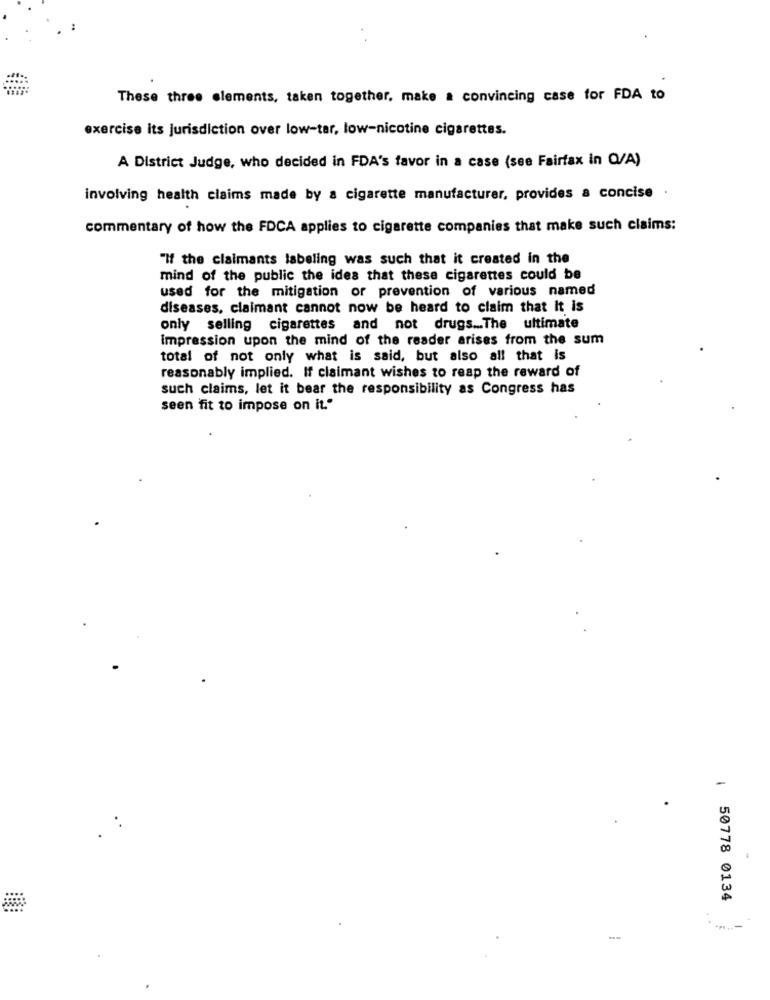
These three elements, taken together, make a convincing case for FDA to
exercise its jurisdiction over low-tar, low-nicotine cigarettes.
A District Judge, who decided in FDA's favor in a case (see Fairfax in Q/A)
involving health claims made by a cigarette manufacturer, provides a concise
commentary of how the FDCA applies to cigarette companies that make such claims:
"If the claimants labeling was such that it created in the
mind of the public the idea that these cigarettes could be
used for the mitigation or prevention of various named
diseases, claimant cannot now be heard to claim that It is
only selling cigarettes and not drugs ... The ultimate
Impression upon the mind of the reader arises from the sum
total of not only what is said, but also all that is
reasonably implied. If claimant wishes to reap the reward of
such claims, let it bear the responsibility as Congress has
seen fit to impose on it."
: 50778 0134
--